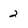
Character: 2